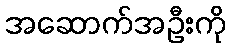
အဆောက်အဦးကို